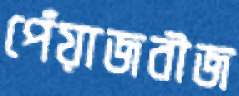
পেঁয়াজবীজ